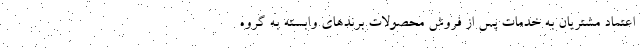
اعتماد مشتریان به خدمات پس از فروش محصولات برندهای وابسته به گروه